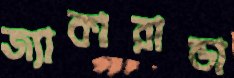
জ্যাকারান্ডা